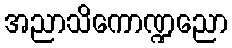
အညာသိကောဏ္ဍညော